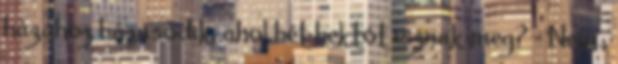
házához házasodik, ahol hét hektót isznak meg? - Nem.,